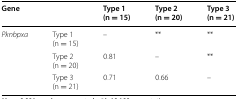
<table><thead><tr><td><b>Gene</b></td><td></td><td><b>Type 1 (n = 15)</b></td><td><b>Type 2 (n = 20)</b></td><td><b>Type 3 (n = 21)</b></td></tr></thead><tbody><tr><td rowspan="3"><i>Pknbpxa</i></td><td>Type 1(n = 15)</td><td>–</td><td>**</td><td>**</td></tr><tr><td>Type 2(n = 20)</td><td>0.81</td><td>–</td><td>**</td></tr><tr><td>Type 3(n = 21)</td><td>0.71</td><td>0.66</td><td>–</td></tr></tbody></table>